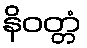
နိဝတ္တံ